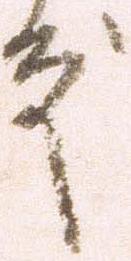
殿